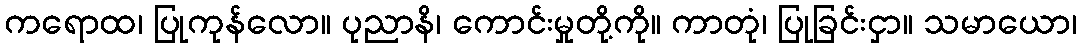
ကရောထ၊ ပြုကုန်လော။ ပုညာနိ၊ ကောင်းမှုတို့ကို။ ကာတုံ၊ ပြုခြင်းငှာ။ သမာယော၊